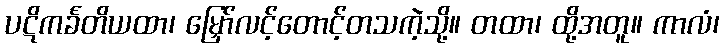
ပဋိကင်္ခတိယထာ၊ မြှော်လင့်တောင့်တသကဲ့သို့။ တထာ၊ ထို့အတူ။ ကာလံ၊